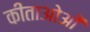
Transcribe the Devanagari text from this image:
कीताओओं